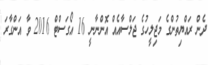
ދެން ރައްޔިތުންގެ މަޖިލީހުގެ ޖަލްސާއެއް އޮންނާނީ 16 އޯގަސްޓް 2016 ވާ އަންގާރަ